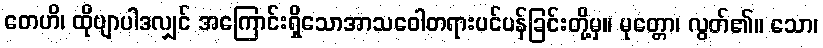
တေဟိ၊ ထိုဗျာပါဒလျှင် အကြောင်းရှိသောအာသဝေါတရားပင်ပန်ခြင်းတို့မှ။ မုတ္တော၊ လွတ်၏။ သော၊